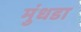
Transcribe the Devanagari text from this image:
मुंधडा